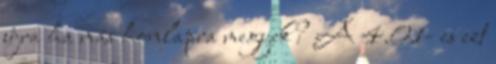
újra ha más honlapra megyek? A 4.01- es ezt